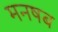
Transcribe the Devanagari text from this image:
मनषब